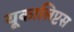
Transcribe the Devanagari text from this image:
यूकालिप्टस